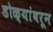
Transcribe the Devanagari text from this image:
डोळ्यांवरून